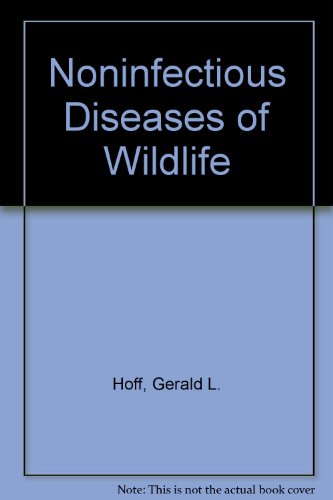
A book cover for Noninfectious Diseases of Wildlife; Gerald L. Hoff; Medical Books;